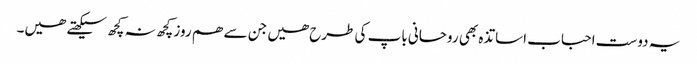
یہ دوست احباب اساتذہ بھی روحانی باپ کی طرح ھیں جن سے ھم روز کچھ نہ کچھ سیکھتے ھیں۔